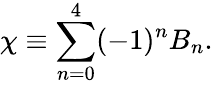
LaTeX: \chi\equiv\sum_{n=0}^{4}(-1)^{n}B_{n}.